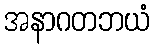
အနာဂတဘယံ